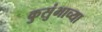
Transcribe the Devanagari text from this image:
कुसुंभाच्या